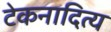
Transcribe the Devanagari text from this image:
टेकनादित्य